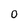
Character: 0